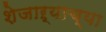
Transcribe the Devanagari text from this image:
शेजाऱ्याच्या